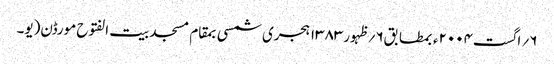
۶؍ اگست۲۰۰۴ء بمطابق۶؍ظہور۱۳۸۳ہجری شمسی بمقام مسجد بیت الفتوح مورڈن(یو۔